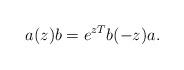
LaTeX: \begin{align*}a(z)b = e^{zT}b(-z)a.\end{align*}